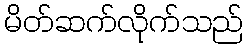
မိတ်ဆက်လိုက်သည်